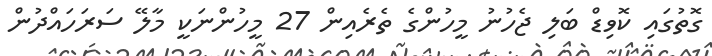
ގޮތުގައި ކޮވިޑް ބަލި ޖެހުނު މީހުންގެ ތެރެއިން 27 މީހުންނަކީ މާލޭ ސަރަހައްދުން